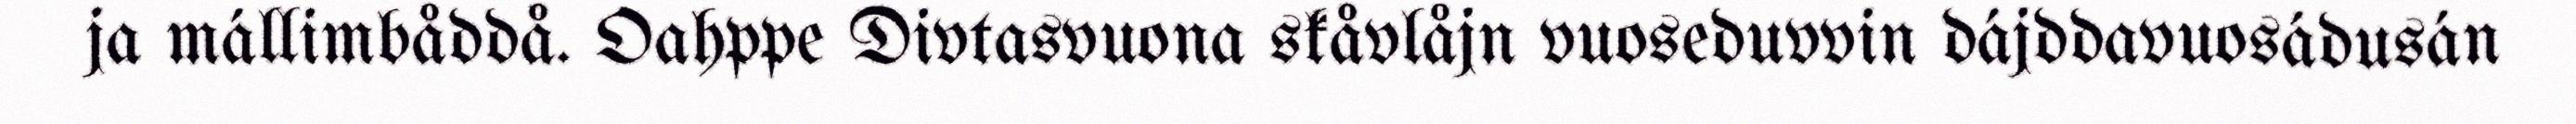
ja mállimbåddå. Oahppe Divtasvuona skåvlåjn vuoseduvvin dájddavuosádusán